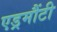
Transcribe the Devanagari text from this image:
एड्रमौंटी